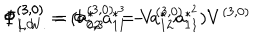
LaTeX: \Phi _ { L . W . } ^ { ( 3 , 0 ) } = \Phi _ { 0 , 3 } ^ { ( 3 , 0 ) } = V ^ { ( 3 , 0 ) } \hspace { 1 0 m m } \Phi _ { 1 , 0 } ^ { ( 3 , 0 ) } = ( a _ { 2 2 } ^ { * } a _ { 1 1 } ^ { * ^ { 3 } } - a _ { 1 2 } ^ { * } a _ { 1 1 } ^ { * ^ { 2 } } ) V ^ { ( 3 , 0 ) }